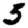
Digit: 5